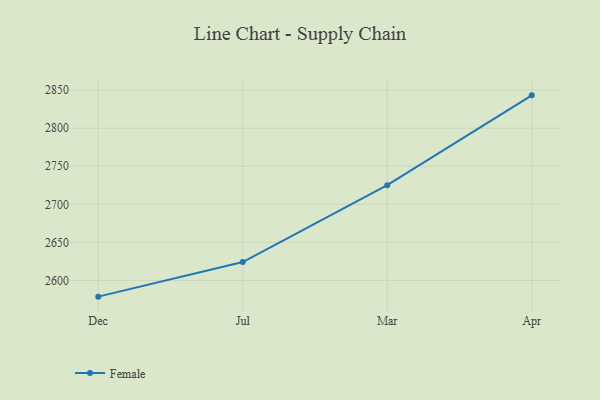
{"axis": {"x": "Month", "y": "Customer Acquisition Cost (USD)"}, "legend": ["Female"], "data": [{"x": "Dec", "y": 2578.7, "type": "Female"}, {"x": "Jul", "y": 2624.1, "type": "Female"}, {"x": "Mar", "y": 2725.1, "type": "Female"}, {"x": "Apr", "y": 2843.1, "type": "Female"}]}